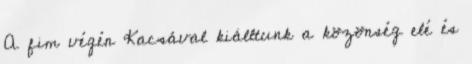
A fim végén Kacsával kiálltunk a közönség elé és